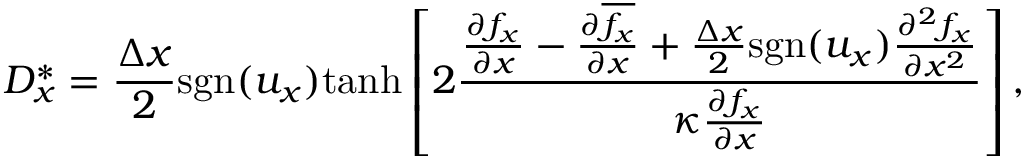
D _ { x } ^ { \ast } = \frac { \Delta x } { 2 } \mathrm { s g n } ( u _ { x } ) \mathrm { t a n h } \left[ 2 \frac { \frac { \partial f _ { x } } { \partial x } - \frac { \partial \overline { { f _ { x } } } } { \partial x } + \frac { \Delta x } { 2 } \mathrm { s g n } ( u _ { x } ) \frac { \partial ^ { 2 } f _ { x } } { \partial x ^ { 2 } } } { \kappa \frac { \partial { f _ { x } } } { \partial x } } \right] ,